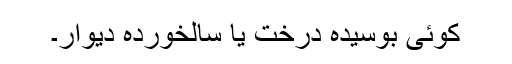
کوئی بوسیدہ درخت یا سالخوردہ دیوار۔